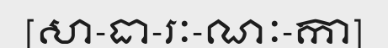
[សា-ធា-រៈ-ណៈ-កា]